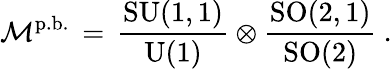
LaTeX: \mathcal{M}^{\mathrm{p.b.}}\, =\, \frac{\mathrm{SU}(1,1)}{\mathrm{U}(1)}\otimes\frac{\mathrm{SO}(2,1)}{\mathrm{SO}(2)}~.